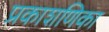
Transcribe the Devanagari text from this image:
प्रकाशणिका